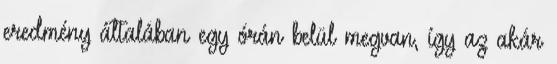
eredmény általában egy órán belül megvan, így az akár